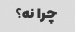
چرا نه؟